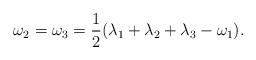
LaTeX: \begin{align*} \omega_2=\omega_3=\frac{1}{2}(\lambda_1 +\lambda_2+\lambda_3 -\omega_1). \end{align*}